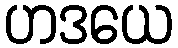
ဟဒယေ